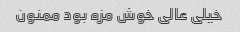
خیلی عالی خوش مزه بود ممنون